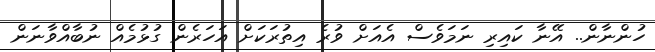
ހުންނާން.. އޭނާ ކައިރި ނަމަވެސް އެއަށް ވުރެ އިތުރަކަށް އަހަރެން ގުޅުމެއް ނުބާއްވާނަން